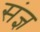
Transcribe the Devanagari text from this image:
संज्ञ